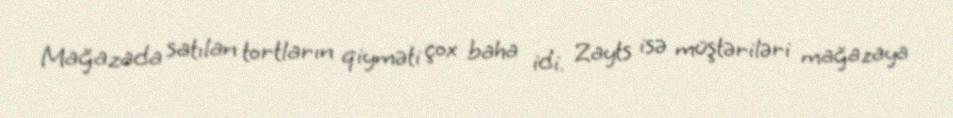
Mağazada satılan tortların qiyməti çox baha idi. Zayts isə müştəriləri mağazaya